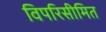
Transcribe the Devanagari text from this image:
विपरिसीमित